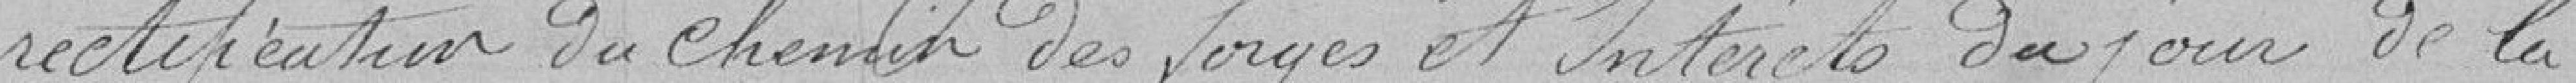
rectification du chemin des forges et intérêts du jour de la